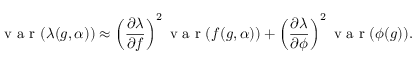
\mathrm { ~ v ~ a ~ r ~ } ( \lambda ( g , \alpha ) ) \approx \left( \frac { \partial \lambda } { \partial f } \right) ^ { 2 } \mathrm { ~ v ~ a ~ r ~ } ( f ( g , \alpha ) ) + \left( \frac { \partial \lambda } { \partial \phi } \right) ^ { 2 } \mathrm { ~ v ~ a ~ r ~ } ( \phi ( g ) ) .